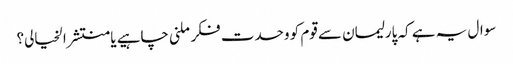
سوال یہ ہے کہ پارلیمان سے قوم کو وحدت فکر ملنی چاہیے یا منتشر الخیالی؟